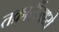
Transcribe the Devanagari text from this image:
तक्रारींमध्ये